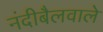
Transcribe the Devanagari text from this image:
नंदीबैलवाले